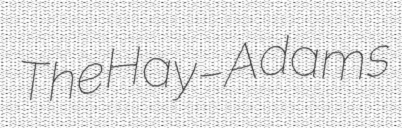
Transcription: The Hay–Adams